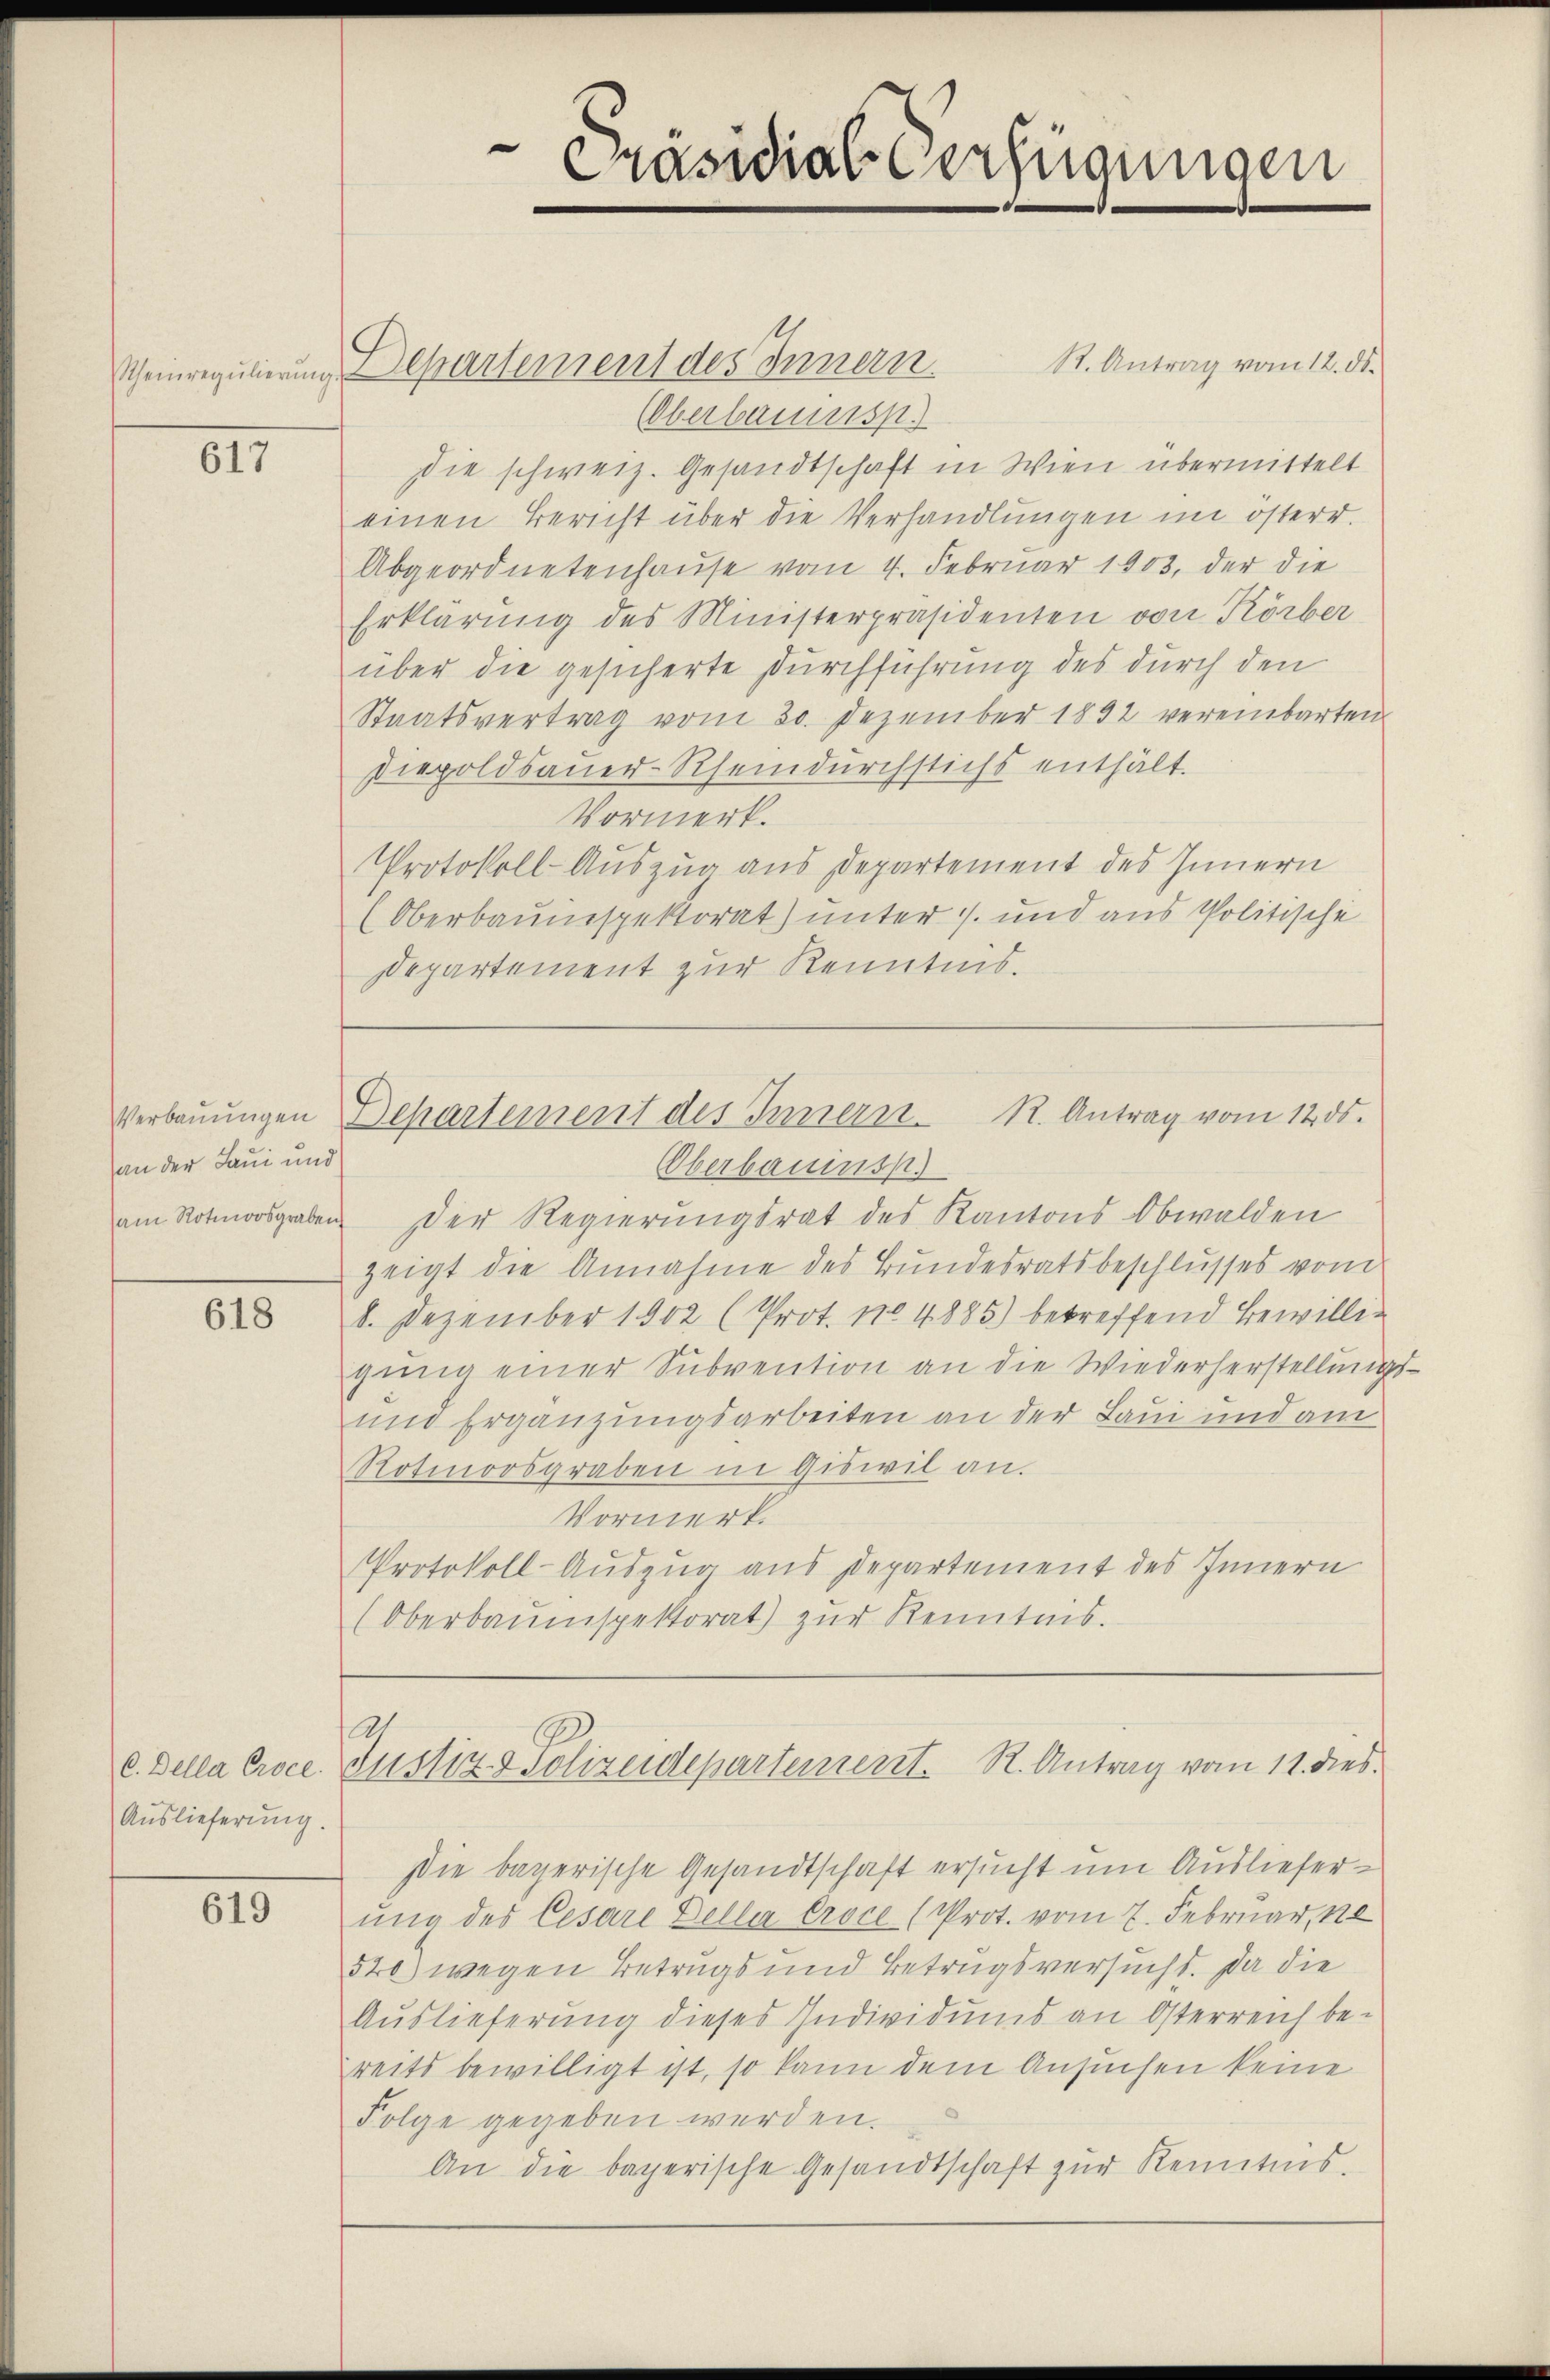
Rheinregulierung

617

Verbauungen
an der Laui und
am Rotmoosgraben

618

Auslieferung.

619

R. Antrag vom 12. ds.
Departement des Innern.
(Oberbauensp.
Die schweiz. Gesandtschaft in Wien übermittelt
einen Bericht über die Verhandlungen im österr.
Abgeordnetenhause vom 4. Februar 1903, der die
Erklärung des Ministerpräsidenten von Körber
über die gesicherte Durchführung des durch den
Staatsvertrag vom 20. Dezember 1892 vereinbarten
Diepoldsauer-Rheindurchstichs enthält.
Vormerk.
Protokoll-Auszug aus Departement des Innern
(Oberbauinspektorat) unter 1. und aus Politische
Departement zur Kenntnis.
Separtement des Innern. R. Antrag vom 12. ds.
Oberbauinsp
Der Regierungsrat des Kantons Obwalden
zeigt die Annahme des Bundesratsbeschlusses vom
8. Dezember 1902 (Prot. No 4885) betreffend Bewilligŭng einer Subvention an die Wiederherstellungs
und Ergänzungsarbeiten an der Laui und am
Rotmoosgraben in Giswil an.
Vormerk.
Protokoll-Auszug aus Departement des Innern
(Oberbaŭmspektorat) zŭr Kenntnis.

Präsidial-Verfügungen

21
c. Della Proce Justiz & Polizeidepartement. R. Antrag vom 11. dies

Die bayerische Gesandtschaft ersucht um Auslieferung der Cesare Delli croce (Prot. vom 7. Februar, ne
520) wegen Betrugs und Betrugsversucht. Da die
Auslieferung dieses Individums an Osterreich be-
reits bewilligt ist, so kann dem Ansuchen keine
Folge gegeben werden.
An die bayerische Gesandtschaft zur Kenntnis.